Report of the Indian Hemp Drugs Commission, 1894-1895 - Volume VI
Year: 1894
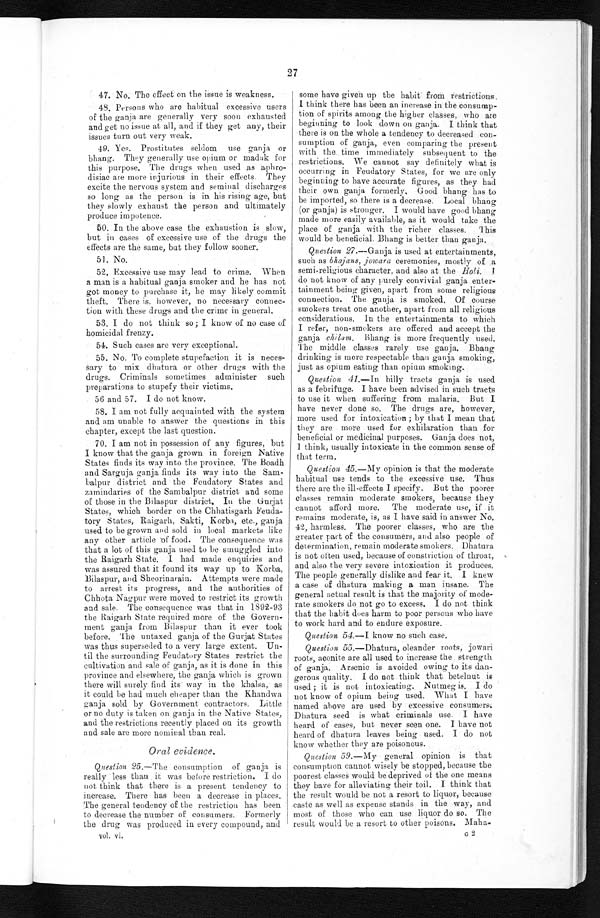
27
47. No. The effect on the issue is weakness.
48. Persons who are habitual excessive users
of the ganja are generally very soon exhausted
and get no issue at all, and if they get any, their
issues turn out very weak.
49. Yes. Prostitutes seldom use ganja, or
bhang. They generally use opium or madak for
this purpose. The drugs when used as aphro-
disiac are more injurious in their effects. They
excite the nervous system and seminal discharges
so long as the person is in his rising age, but
they slowly exhaust the person and ultimately
produce impotence.
50. In the above case the exhaustion is slow,
but in cases of excessive use of the drugs the
effects are the same, but they follow sooner.
51. No.
52. Excessive use may lead to crime. When
a man is a habitual ganja smoker and he has not
got money to purchase it, he may likely commit
theft. There is, however, no necessary connec-
tion with these drugs and the crime in general.
53. I do not think so ; I know of no case of
homicidal frenzy.
54. Such cases are very exceptional.
55. No. To complete stupefaction it is neces-
sary to mix dhatura or other drugs with the
drugs. Criminals sometimes administer such
preparations to stupefy their victims.
56 and 57. I do not know.
58. I am not fully acquainted with the system
and am unable to answer the questions in this
chapter, except the last question.
70. I am not in possession of any figures, but
I know that the ganja grown in foreign Native
States finds its way into the province. The Boadh
and Sarguja ganja finds its way into the Sam-
balpur district and the Feudatory States and
zamindaries of the Sambalpur district and some
of those in the Bilaspur district. In the Gurjat
States, which border on the Chhatisgarh Feuda-
tory States, Raigarh, Sakti, Korba, etc., ganja
used to be grown and sold in local markets like
any other article of food. The consequence was
that a lot of this ganja used to be smuggled into
the Raigarh State. I had made enquiries and
was assured that it found its way up to Korba,
Bilaspur, and Sheorinarain. Attempts were made
to arrest its progress, and the authorities of
Chhota Nagpur were moved to restrict its growth
and sale. The consequence was that in 1892-93
the Raigarh State required more of the Govern-
ment ganja from Bilaspur than it ever took
before. The untaxed ganja of the Gurjat States
was thus superseded to a very large extent. Un-
til the surrounding Feudatory States restrict the
cultivation and sale of ganja, as it is done in this
province and elsewhere, the ganja which is grown
there will surely find its way in the khalsa, as
it could be had much cheaper than the Khandwa
ganja sold by Government contractors. Little
or no duty is taken on ganja in the Native States,
and the restrictions recently placed on its growth
and sale are more nominal than real.
Oral evidence.
Question 25.—The consumption of ganja is
really less than it was before restriction. I do
not think that there is a present tendency to
increase. There has been a decrease in places.
The general tendency of the restriction has been
to decrease the number of consumers. Formerly
the drug was produced in every compound, and
vol. vi.
some have given up the habit from restrictions.
I think there has been an increase in the consump-
tion of spirits among the higher classes, who are
beginning to look down on ganja. I think that
there is on the whole a tendency to decreased con-
sumption of ganja, even comparing the present
with the time immediately subsequent to the
restrictions. We cannot say definitely what is
occurring in Feudatory States, for we are only
beginning to have accurate figures, as they had
their own ganja formerly. Good bhang has to
be imported, so there is a decrease. Local bhang
(or ganja) is stronger. I would have good bhang
made more easily available, as it would take the
place of ganja with the richer classes. This
would be beneficial. Bhang is better than ganja.
Question 27.—Ganja is used at entertainments,
such as bhajans, ,jowara ceremonies, mostly of a
semi-religious character, and also at the Holi. I
do not know of any purely convivial ganja enter-
tainment being given, apart from some religious
connection. The ganja is smoked. Of course
smokers treat one another, apart from all religious
considerations. In the entertainments to which
I refer, non-smokers are offered and accept the
ganja chilam.B h a n g i s m o r e f r e q u e n t l y u s e d .
The middle classes rarely use ganja. Bhang
drinking is more respectable than ganja smoking,
just as opium eating than opium smoking.
Question 41. —In hilly tracts ganja is used
as a febrifuge. I have been advised in such tracts
to use it when suffering from malaria. But I
h a v e n e v e r d o n e s o . T h e d r u g s a r e , h o w e v e r , m o r e u s e d f o r i n t o x i c a t i o n ; b y t h a t I m e a n t h a t
they are more used for exhilaration than for
beneficial or medicinal purposes. Ganja does not,
I t h i n k , u s u a l l y i n t o x i c a t e i n t h e c o m m o n s e n s e o f
that term.
Question 45.—My opinion is that the moderate
habitual use tends to the excessive use. Thus
there are the ill-effects I specify, But the poorer
classes remain moderate smokers, because they
cannot afford more. The moderate use, if it
remains moderate, is, as I have said in answer No.
42, harmless. The poorer classes, who are the
greater part of the consumers, and also people of
determination, remain moderate smokers. Dhatura
is not often used, because of constriction of throat,
and also the very severe intoxication it produces.
The people generally dislike and fear it. I knew
a ease of dhatura making a man insane. The
general actual result is that the majority of mode-
rate smokers do not go to excess. I do not think
that the habit does harm to poor persons who have
to work hard and to endure exposure.
Question 54.—I know no such case.
Question 55. —Dhatura, oleander roots, jowari
roots, aconite are all used to increase the strength
of ganja. Arsenic is avoided owing to its dan-
gerous quality. I do not think that betelnut is
used ; it is not intoxicating. Nutmeg is. I do
not know of opium being used. What I have
named above are used by excessive consumers.
Dhatura seed is what criminals use. I have
heard of cases, but never seen one. I have not
heard of dhatura leaves being used. I do not
know whether they are poisonous.
Question 59.—My general opinion is that
consumption cannot wisely be stopped, because the
poorest classes would be deprived of the one means
they have for alleviating their toil. I think that
the result would be not a resort to liquor, because
caste as well as expense stands in the way, and
most of those who can use liquor do so. The
result would be a resort to other poisons. Maha-
G 2